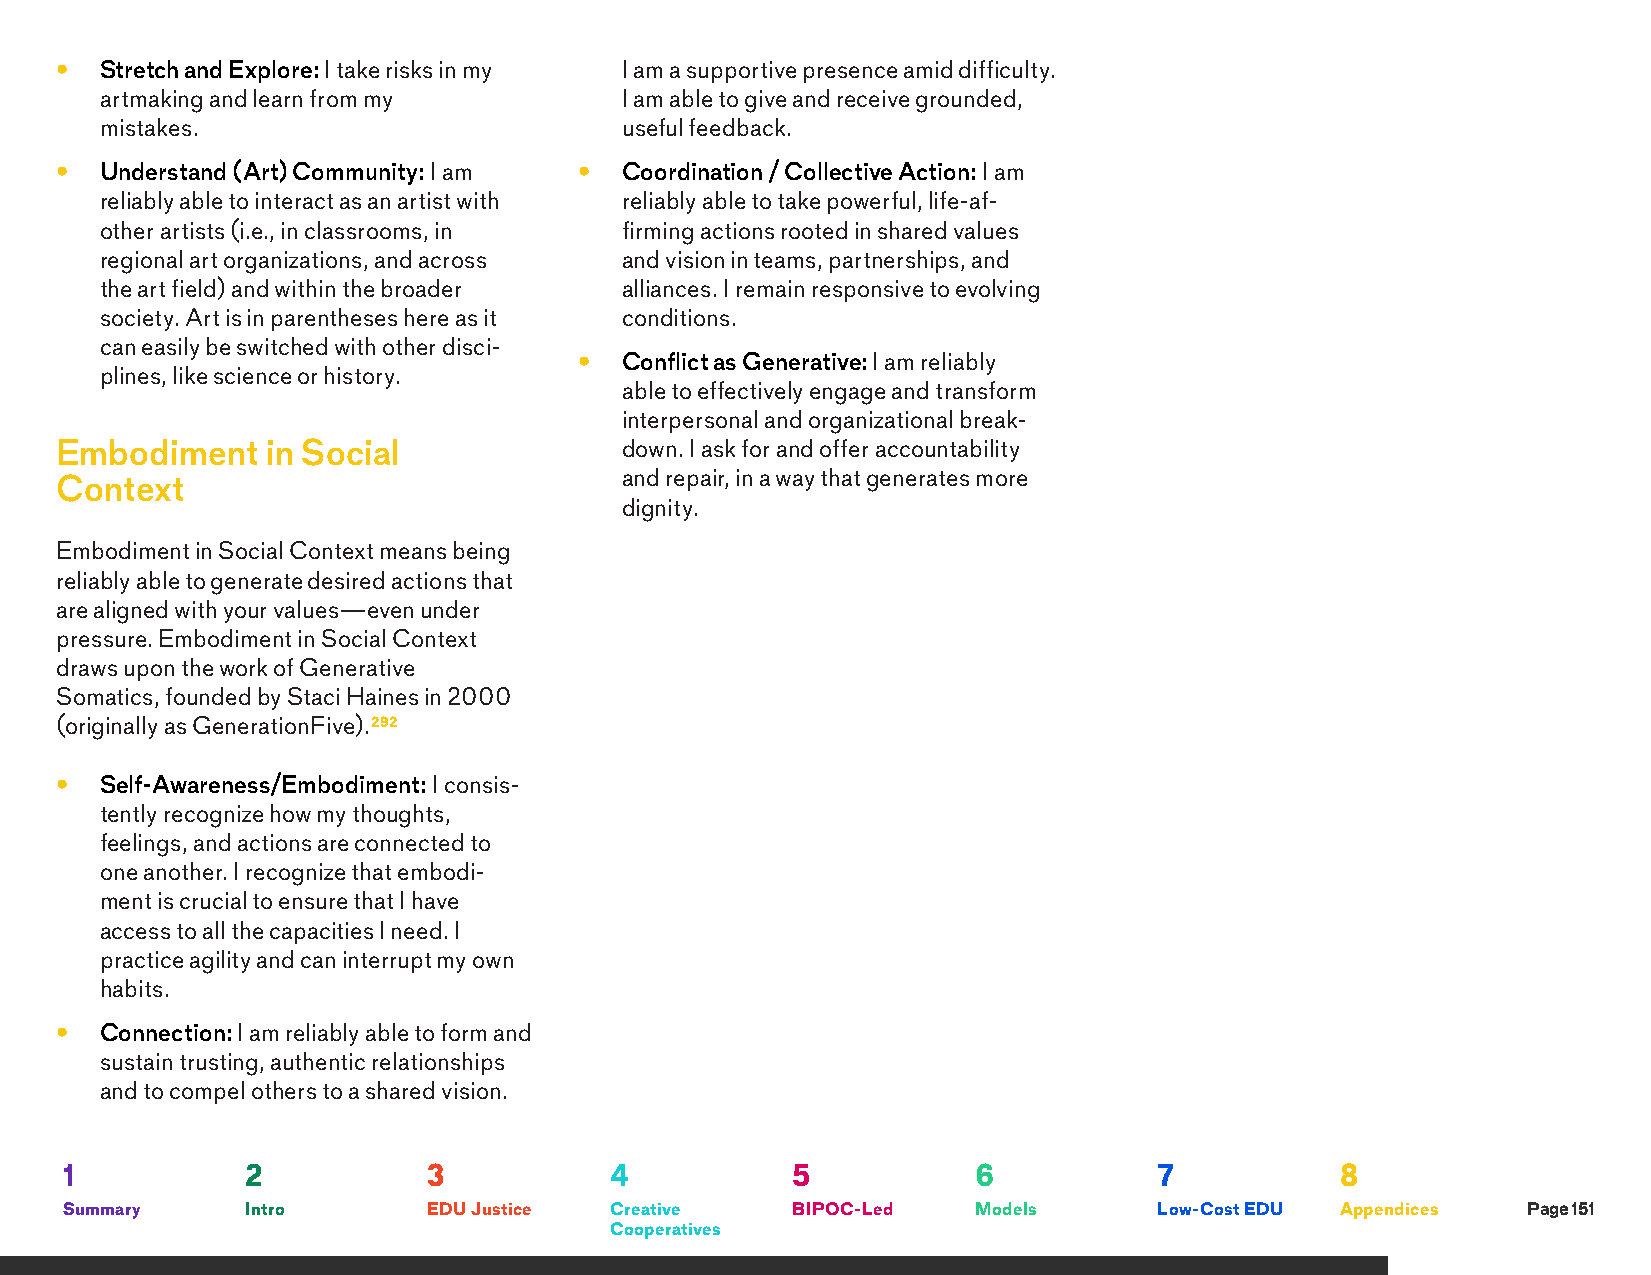
•  Stretch and Explore: I take risks in my I am a supportive presence amid difficulty.
 artmaking and learn from my       I am able to give and receive grounded,
 mistakes.                         useful feedback.
 •  Understand (Art) Community: I am • Coordination / Collective Action: I am
 reliably able to interact as an artist with reliably able to take powerful, life-af-
 other artists (i.e., in classrooms, in firming actions rooted in shared values
 regional art organizations, and across and vision in teams, partnerships, and
 the art field) and within the broader alliances. I remain responsive to evolving
 society. Art is in parentheses here as it conditions.
 can easily be switched with other disci-
 •  Conflict as Generative: I am reliably
 plines, like science or history.
 able to effectively engage and transform
 interpersonal and organizational break-
 Embodiment    in Social              down. I ask for and offer accountability
 and repair, in a way that generates more
 Context
 dignity.
 Embodiment in Social Context means being
 reliably able to generate desired actions that
 are aligned with your values—even under
 pressure. Embodiment in Social Context
 draws upon the work of Generative
 Somatics, founded by Staci Haines in 2000
 (originally as GenerationFive).292
 •  Self-Awareness/Embodiment: I consis-
 tently recognize how my thoughts,
 feelings, and actions are connected to
 one another. I recognize that embodi-
 ment is crucial to ensure that I have
 access to all the capacities I need. I
 practice agility and can interrupt my own
 habits.
 •  Connection: I am reliably able to form and
 sustain trusting, authentic relationships
 and to compel others to a shared vision.
 1           2           3           4           5            6           7           8
 Summary     Intro       EDU Justice Creative    BIPOC-Led    Models      Low-Cost EDU Appendices Page 151
 Cooperatives